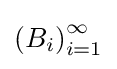
\left(B_{i}\right)_{i=1}^{\infty }